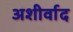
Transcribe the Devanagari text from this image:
अशीर्वाद